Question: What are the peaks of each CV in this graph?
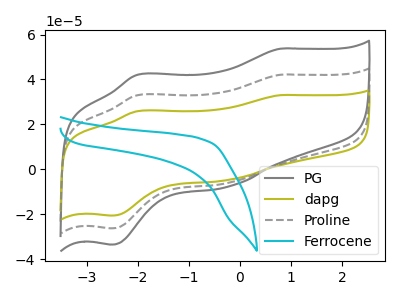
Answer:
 <answer>The gray curve "PG" has anodic peaks at (0.80V, 53.70uA) (-2.00V, 42.05uA) and cathodic peaks at (-0.25V, -7.70uA) (-2.50V, -33.55uA). The olive curve "dapg" has anodic peaks at (0.80V, 84.20uA) (-2.00V, 65.95uA) and cathodic peaks at (-0.25V, -12.10uA) (-2.50V, -52.60uA). The gray dashed curve "Proline" has anodic peaks at (0.80V, 42.10uA) (-2.00V, 32.95uA) and cathodic peaks at (-0.25V, -6.05uA) (-2.50V, -26.30uA). The cyan curve "Ferrocene" has no peaks.</answer>
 <eval></eval>